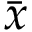
\bar { x }